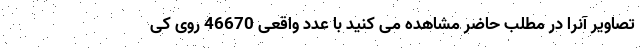
تصاویر آنرا در مطلب حاضر مشاهده می کنید با عدد واقعی 46670 روی کی